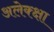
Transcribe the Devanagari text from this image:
अलेक्क्षा